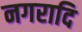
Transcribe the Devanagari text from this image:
नगरादि